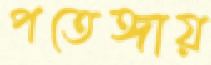
পতেঙ্গায়